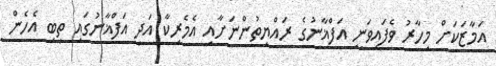
އަމާޒަކަށް މިހާރު ވެފައިވަނީ އަފްޣާނުގެ ރައްޔިތުންނަށާއި އެމެރިކާ އަދި އަފްޣާނުގައި ތިބި އެހެން